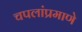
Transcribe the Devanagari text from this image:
चपलांप्रमाणे